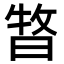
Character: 𣈊